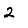
Digit: 2